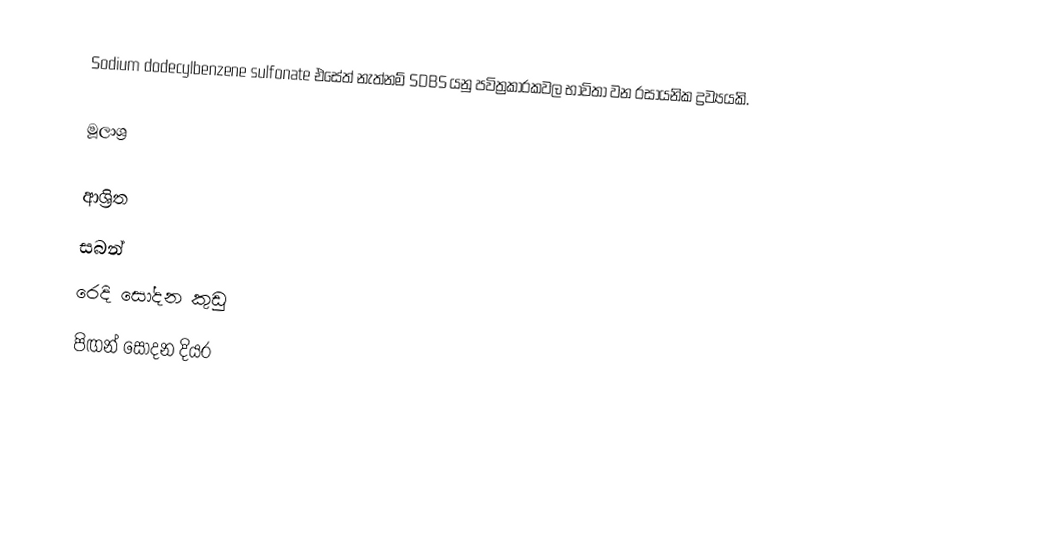
Sodium dodecylbenzene sulfonate එසේත් නැත්නම් SDBS යනු පවිත්‍රකාරකවල භාවිතා වන රසායනික ද්‍රව්‍යයකි.

මූලාශ්‍ර

ආශ්‍රිත
 සබන්
 රෙදි සෝදන කුඩු
 පිඟන් සෝදන දියර